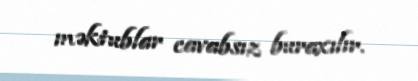
məktublar cavabsız buraxılır.